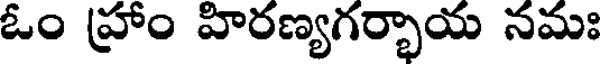
ఓం హ్రాం హిరణ్యగర్భాయ నమః